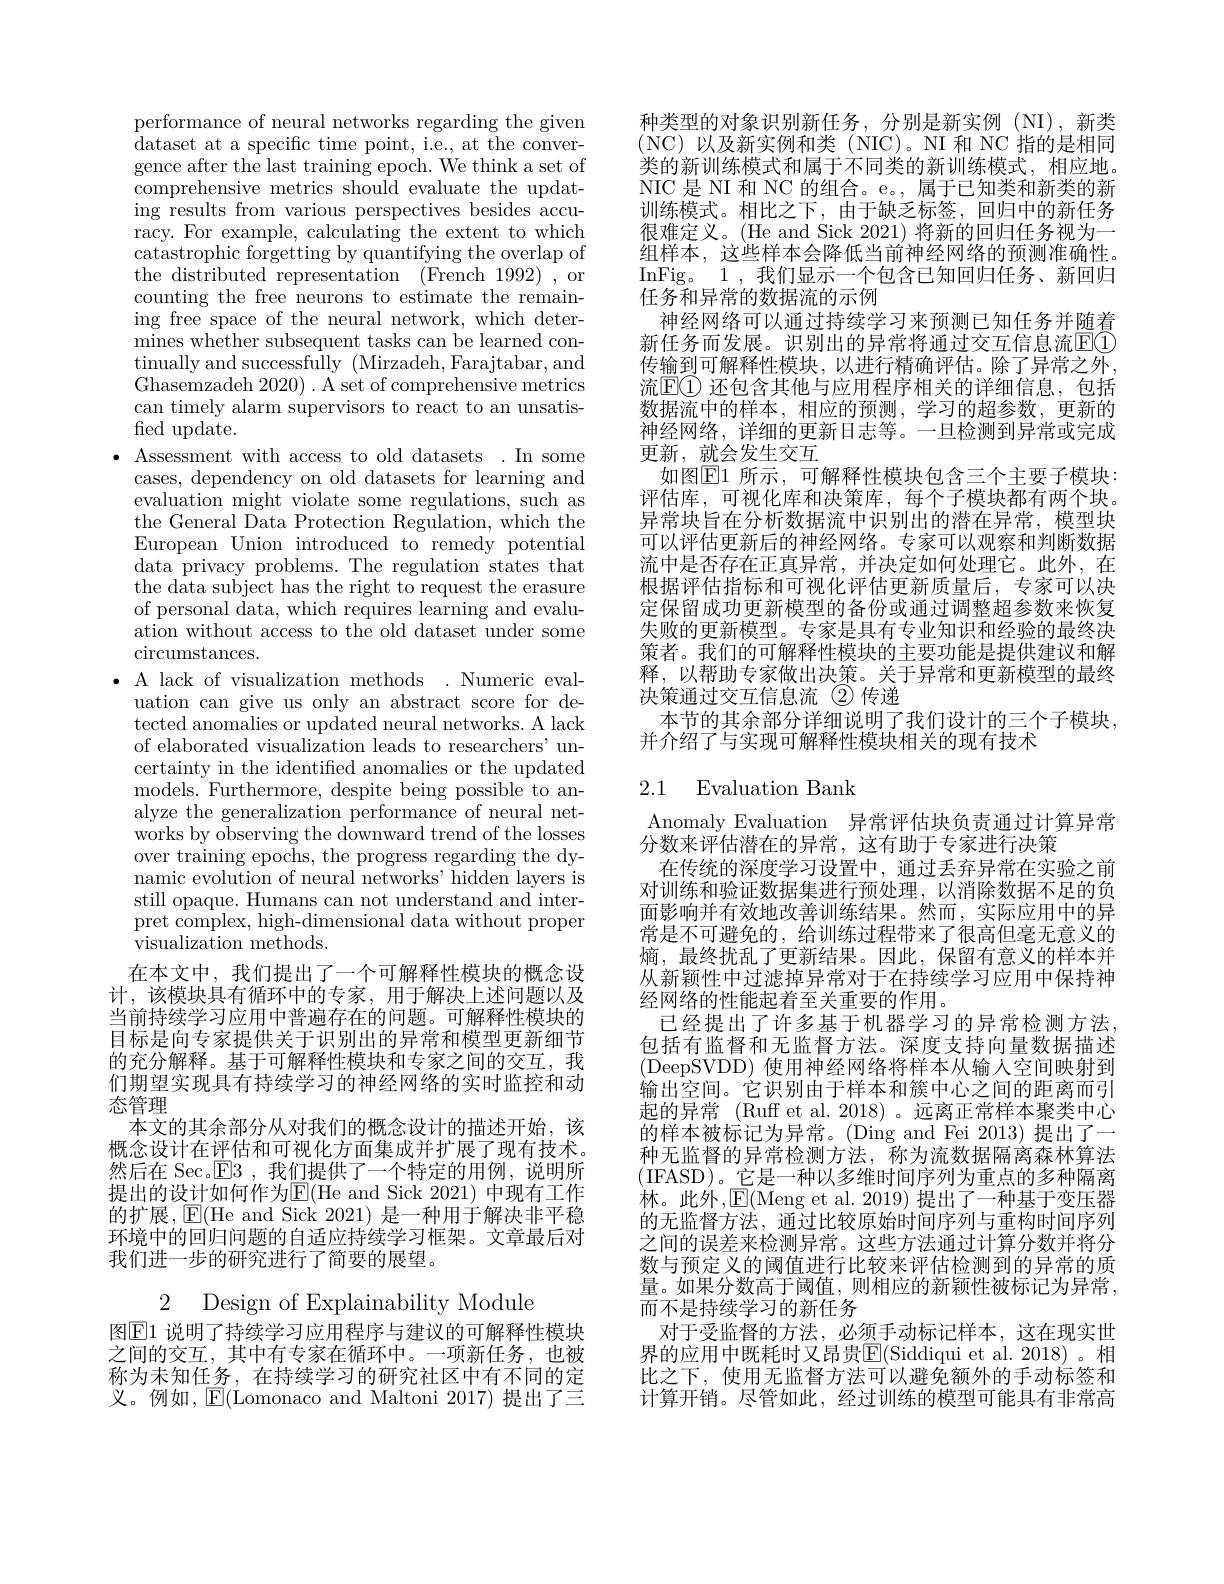
performance of neural networks regarding the given ${\mathrm{dataset~at~a~specific~time~point,~i.e.,~at~the~conver-}}$ gence after the last training epoch. We think a set of $\bar{\text{comprehensive metrics should evaluate the updat-}}$ ing results from various perspectives besides accuracy. For example, calculating the extent to which ${\mathrm{catastrophic~forgetting~by~quantifying~the~overlap~of}}$ the distributed representation (French 1992) , or counting the free neurons to estimate the remaining free space of the neural network, which determines whether subsequent tasks can be learned continually and successfully (Mirzadeh, Farajtabar, and Ghasemzadeh 2020). A set of comprehensive metrics can timely alarm supervisors to react to an unsatis- ${\mathrm{fied~update.}}$
$\bullet$ Assessment with access to old datasets .In some
cases, dependency on old datasets for learning and evaluation might violate some regulations, such as the General Data Protection Regulation, which the European Union introduced to remedy potential data privacy problems. The regulation states that the data subject has the right to request the erasure of personal data, which requires learning and evaluation without access to the old dataset under some circumstances.
$\bullet$ A lack of visualization methods .Numeric eval-
uation can give us only an abstract score for detected anomalies or updated neural networks. A lack of elaborated visualization leads to researchers' uncertainty in the identified anomalies or the updated models. Furthermore, despite being possible to analyze the generalization performance of neural networks by observing the downward trend of the losses over training epochs, the progress regarding the dynamic evolution of neural networks' hidden layers is still opaque. Humans can not understand and interpret complex, high-dimensional data without proper visualization methods.
在本文中，我们提出了一个可解释性模块的概念设计，该模块具有循环中的专家，用于解决上述问题以及当前持续学习应用中普遍存在的问题。可解释性模块的目标是向专家提供关于识别出的异常和模型更新细节的充分解释。基于可解释性模块和专家之间的交互，我们期望实现具有持续学习的神经网络的实时监控和动态管理
本文的其余部分从对我们的概念设计的描述开始，该概念设计在评估和可视化方面集成并扩展了现有技术。然后在 Sec.$\mathsf{E}$3 ,我们提供了一个特定的用例，说明所提出的设计如何作为E$( He and Sick 2021) $中现有工作的扩展，$\operatorname{E}($He and Sick 2021) 是一种用于解决非平稳环境中的回归问题的自适应持续学习框架。文章最后对我们进一步的研究进行了简要的展望。
2 Design of Explainability Module
图$\boxed{\mathrm{E}}1$ 说明了持续学习应用程序与建议的可解释性模块之间的交互，其中有专家在循环中。一项新任务，也被

称为未知任务，在持续学习的研究社区中有不同的定义。例如，$\operatorname{E}($Lomonaco and Maltoni 2017) 提出了三

种类型的对象识别新任务，分别是新实例(NI),新类(NC)以及新实例和类(NIC)。NI 和 NC 指的是相同类的新训练模式和属于不同类的新训练模式，相应地。NIC 是 NI 和 NC 的组合。e。, 属于已知类和新类的新训练模式。相比之下，由于缺乏标签，回归中的新任务很难定义。(He and Sick 2021) 将新的回归任务视为一组样本，这些样本会降低当前神经网络的预测准确性。InFig。1,我们显示一个包含已知回归任务、新回归任务和异常的数据流的示例
神经网络可以通过持续学习来预测已知任务并随着新任务而发展。识别出的异常将通过交互信息流EC 传输到可解释性模块，以进行精确评估。除了异常之外流$\mathbb{E} \textcircled {1}$ 还包含其他与应用程序相关的详细信息，包括$\bar{\text{数据流中的样本，相应的预测，学习的超参数，更新的}}$ 神经网络，详细的更新日志等。一旦检测到异常或完成更新，就会发生交互
如图$\mathbb{E}1$ 所示，可解释性模块包含三个主要子模块： 评估库，可视化库和决策库，每个子模块都有两个块。异常块旨在分析数据流中识别出的潜在异常，模型块可以评估更新后的神经网络。专家可以观察和判断数据流中是否存在正真异常，并决定如何处理它。此外，在根据评估指标和可视化评估更新质量后，专家可以决定保留成功更新模型的备份或通过调整超参数来恢复失败的更新模型。专家是具有专业知识和经验的最终决策者。我们的可解释性模块的主要功能是提供建议和解释，以帮助专家做出决策。关于异常和更新模型的最终决策通过交互信息流(2)传递
本节的其余部分详细说明了我们设计的三个子模块，
并介绍了与实现可解释性模块相关的现有技术

## 2.1 Evaluation Bank

Anomaly Evaluation 异常评估块负责通过计算异常
分数来评估潜在的异常，这有助于专家进行决策
在传统的深度学习设置中，通过丢弃异常在实验之前对训练和验证数据集进行预处理，以消除数据不足的负面影响并有效地改善训练结果。然而，实际应用中的异常是不可避免的，给训练过程带来了很高但毫无意义的熵，最终扰乱了更新结果。因此，保留有意义的样本并从新颖性中过滤掉异常对于在持续学习应用中保持神经网络的性能起着至关重要的作用。
已经提出了许多基于机器学习的异常检测方法包括有监督和无监督方法。深度支持向量数据描述(DeepSVDD) 使用神经网络将样本从输人空间映射到输出空间。它识别由于样本和簇中心之间的距离而引起的异常 (Ruff et al. 2018) 。远离正常样本聚类中心的样本被标记为异常。(Ding and Fei 2013)提出了一种无监督的异常检测方法，称为流数据隔离森林算法(IFASD)。它是一种以多维时间序列为重点的多种隔离林。此外，$\mathbb{E}($Meng et al. 2019) 提出了一种基于变压器的无监督方法，通过比较原始时间序列与重构时间序列之间的误差来检测异常。这些方法通过计算分数并将分数与预定义的阈值进行比较来评估检测到的异常的质量。如果分数高于阈值，则相应的新颖性被标记为异常， 而不是持续学习的新任务
对于受监督的方法，必须手动标记样本，这在现实世界的应用中既耗时又昂贵$\overline{\mathbb{E}}($Siddiqui et al.2018)。相比之下，使用无监督方法可以避免额外的手动标签和计算开销。尽管如此，经过训练的模型可能具有非常高